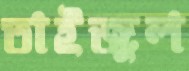
তাইজুল